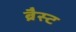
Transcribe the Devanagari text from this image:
ब्रैस्ट